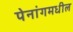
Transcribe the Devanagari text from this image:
पेनांगमधील